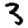
Digit: 3